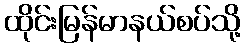
ထိုင်းမြန်မာနယ်စပ်သို့